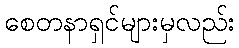
စေတနာရှင်များမှလည်း